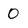
Character: 0